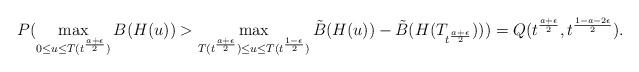
LaTeX: \begin{align*}P(\max_{0\le u\le T(t^{\frac{a+\epsilon}{2}} )}B(H(u))>\max_{T(t^{\frac{a+\epsilon}{2}})\le u \le T(t^{\frac{1-\epsilon}{2}})}\tilde{B}(H(u))-\tilde{B}(H(T_{t^{\frac{a+\epsilon}{2}}})))= Q(t^{\frac{a+\epsilon}{2}},t^{\frac{1-a-2\epsilon}{2}} ).\end{align*}